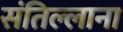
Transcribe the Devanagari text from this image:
संतिल्लाना